Lunatic asylums United Provinces 1909-1921 - 1909-1921
Year: 1909
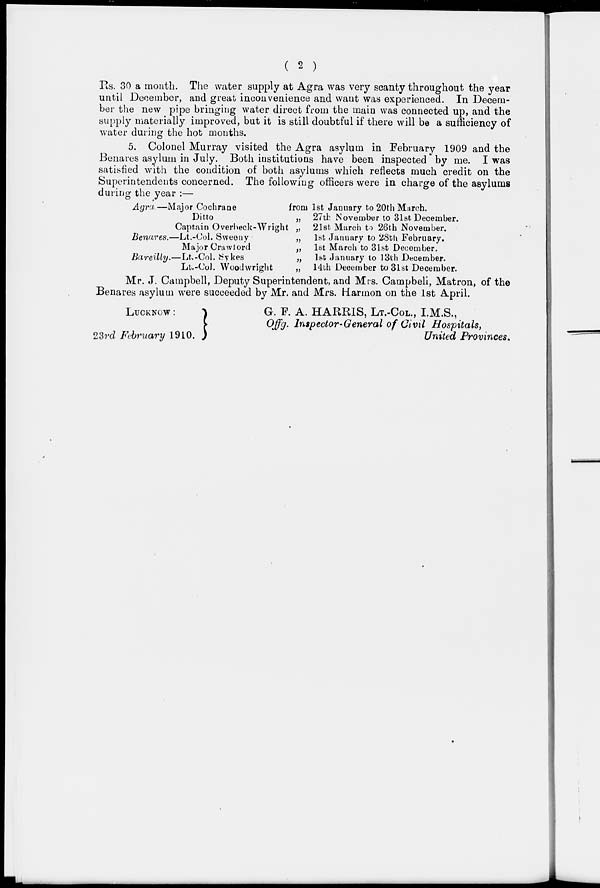
( 2 )
Rs. 30 a month. The water supply at Agra was very scanty throughout the year
until December, and great inconvenience and want was experienced. In Decem-
ber the new pipe bringing water direct from the main was connected up, and the
supply materially improved, but it is still doubtful if there will be a sufficiency of
water during the hot months.
5. Colonel Murray visited the Agra asylum in February 1909 and the
Benares asylum in July. Both institutions have been inspected by me. I was
satisfied with the condition of both asylums which reflects much credit on the
Superintendents concerned. The following officers were in charge of the asylums
during the year :—
Agra.—Major Cochrane
from 1st January to 20th March.
Ditto
„ 27th November to 31st December.
Captain Overbeck-Wright „ 21st March to 26th November.
Benares.—Lt.-Col. Sweeny
„ 1st January to 28th February.
Major Crawford
„ 1st March to 31st December.
Bareilly.—Lt.-Col.
Sykes
„ 1st January to 13th December.
Lt.-Col. Woodwright
„ 14th December to 31st December.
Mr. J. Campbell, Deputy Superintendent, and Mrs. Campbeli, Matron, of the
Benares asylum were succeeded by Mr. and Mrs. Harmon on the 1st April.
LUCKNOW
:
23rd February 1910.
G. F. A. HARRIS, LT.-COL., I.M.S.,
Offg. Inspector-General of Civil Hospitals,
United Provinces.